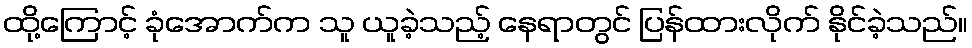
ထို့ကြောင့် ခုံအောက်က သူ ယူခဲ့သည့် နေရာတွင် ပြန်ထားလိုက် နိုင်ခဲ့သည်။